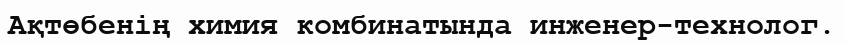
Ақтөбенің химия комбинатында инженер-технолог.